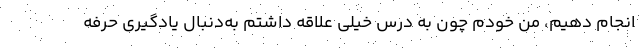
انجام دهیم، من خودم چون به درس خیلی علاقه داشتم به‌دنبال یادگیری حرفه‌